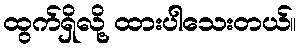
ထွက်ရှိလို့ ထားပါသေးတယ်။